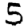
Digit: 5